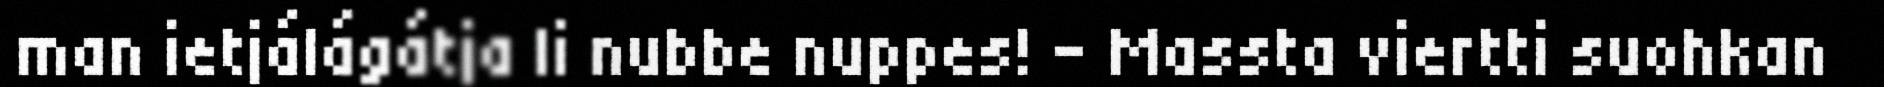
man ietjálágátja li nubbe nuppes! - Massta viertti suohkan